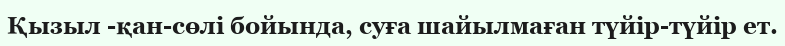
Қызыл -қан-сөлі бойында, суға шайылмаған түйір-түйір ет.